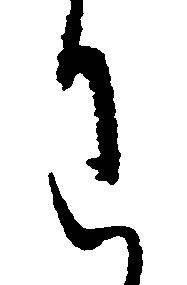
わ